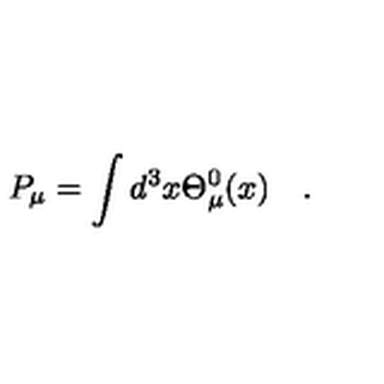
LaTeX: P _ { \mu } = \int d ^ { 3 } x \Theta _ { \mu } ^ { 0 } ( x ) \quad .